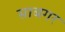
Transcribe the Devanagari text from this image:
साबगर